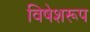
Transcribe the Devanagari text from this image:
विषेशरूप